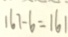
1 6 7 - 6 = 1 6 1